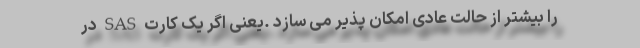
را بیشتر از حالت عادی امکان پذیر می سازد .یعنی اگر یک کارت SAS در